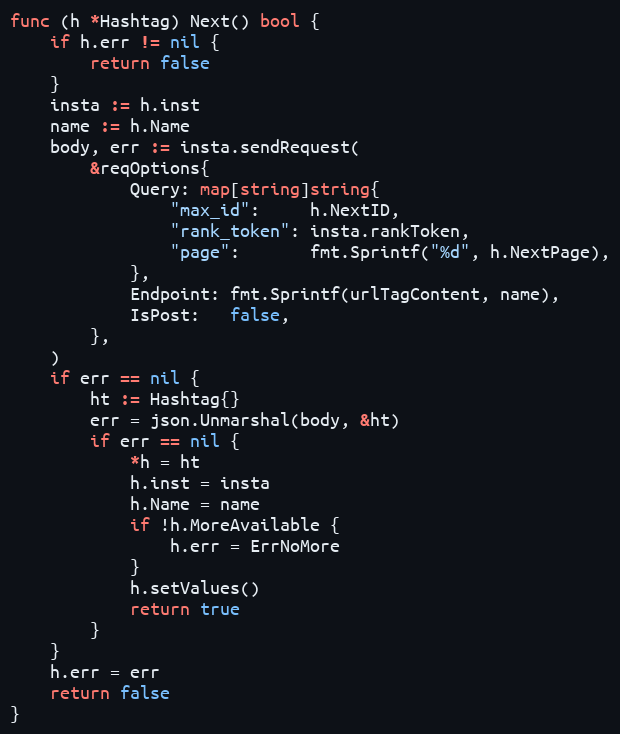
Language: Go
func (h *Hashtag) Next() bool {
	if h.err != nil {
		return false
	}
	insta := h.inst
	name := h.Name
	body, err := insta.sendRequest(
		&reqOptions{
			Query: map[string]string{
				"max_id":     h.NextID,
				"rank_token": insta.rankToken,
				"page":       fmt.Sprintf("%d", h.NextPage),
			},
			Endpoint: fmt.Sprintf(urlTagContent, name),
			IsPost:   false,
		},
	)
	if err == nil {
		ht := Hashtag{}
		err = json.Unmarshal(body, &ht)
		if err == nil {
			*h = ht
			h.inst = insta
			h.Name = name
			if !h.MoreAvailable {
				h.err = ErrNoMore
			}
			h.setValues()
			return true
		}
	}
	h.err = err
	return false
}